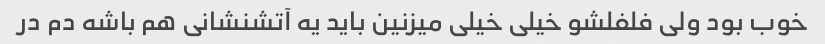
خوب بود ولی فلفلشو خیلی خیلی میزنین باید یه آتشنشانی هم باشه دم در